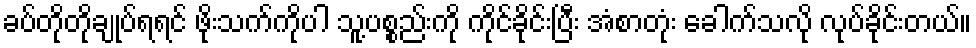
ခပ်တိုတိုချုပ်ရရင် ဖိုးသက်ကိုပါ သူ့ပစ္စည်းကို ကိုင်ခိုင်းပြီး အံစာတုံး ခေါက်သလို လုပ်ခိုင်းတယ်။